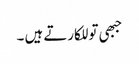
جبھی تو للکارتے ہیں ۔